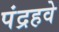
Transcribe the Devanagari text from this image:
पंद्रहवे